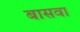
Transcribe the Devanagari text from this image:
बासवा